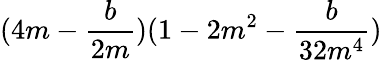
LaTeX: (4m-\frac{b}{2m})(1-2m^{2}-\frac{b}{32m^{4}})